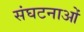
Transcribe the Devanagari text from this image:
संघटनाओं